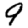
Digit: 9